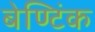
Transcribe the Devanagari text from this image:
बेण्टिंक